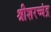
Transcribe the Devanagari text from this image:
श्रीशरच्चंद्र